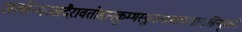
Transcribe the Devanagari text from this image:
जलोन्मज्जदैरावतोद्दानकुम्भस्फुरत्प्रस्खलत्सान्द्रसिन्दूररागे